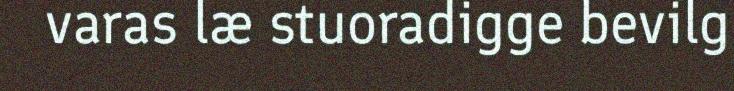
varas læ stuoradigge bevilg